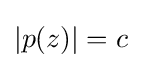
|p(z)|=c